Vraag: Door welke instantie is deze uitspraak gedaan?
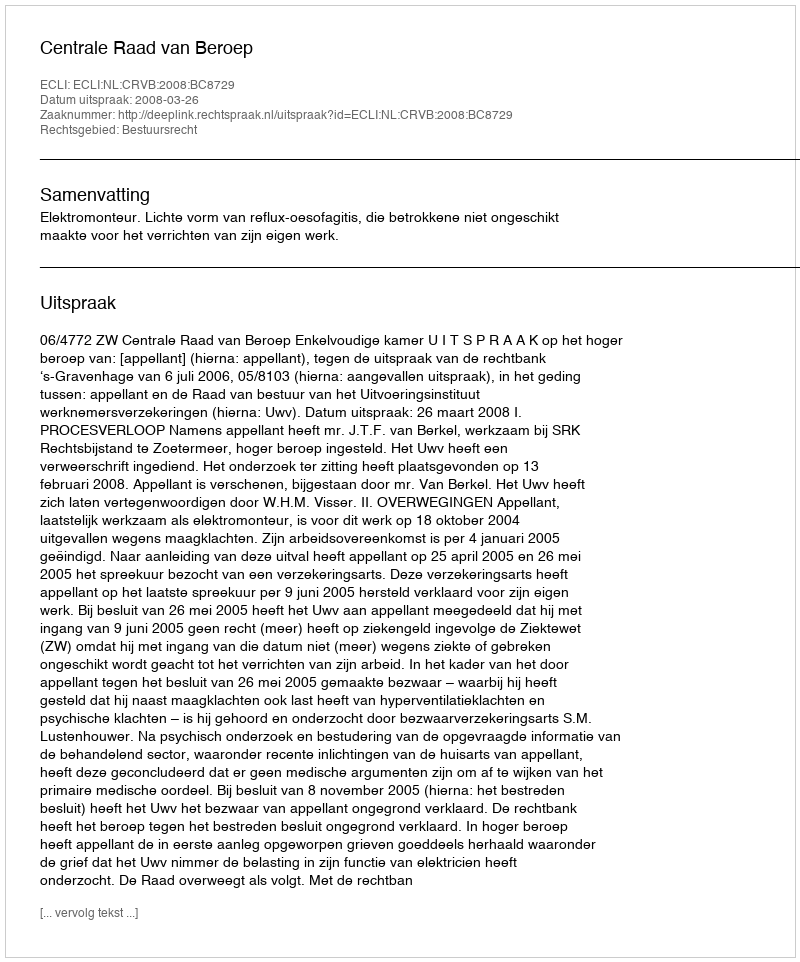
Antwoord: Centrale Raad van Beroep